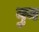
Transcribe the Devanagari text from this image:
वुन